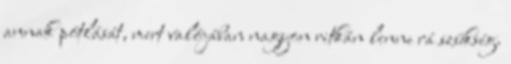
annak pótlását, mert valójában nagyon ritkán lenne rá szükség.